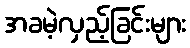
အခမဲ့လှည့်ခြင်းများ